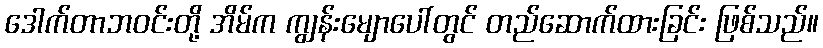
ဒေါက်တာဘဝင်းတို့ အိမ်က ကျွန်းမျောပေါ်တွင် တည်ဆောက်ထားခြင်း ဖြစ်သည်။